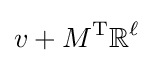
v+M^{\operatorname {T} }\mathbb {R} ^{\ell }